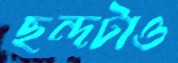
ছন্দটাও